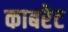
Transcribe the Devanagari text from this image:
काबरेट